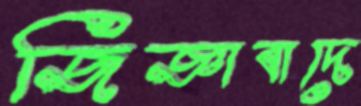
জিজ্ঞাবাদে